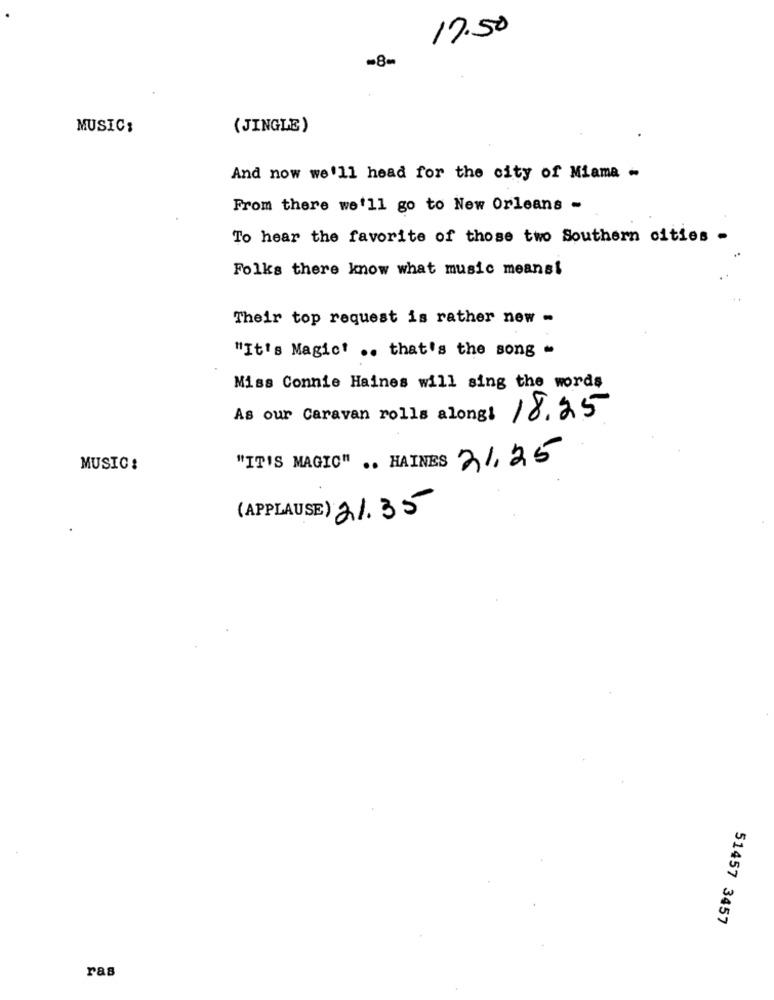
17.50
=8-
MUSIC:
(JINGLE)
And now we'll head for the city of Miama -
From there we'll go to New Orleans -
To hear the favorite of those two Southern cities -
Folks there know what music means!
Their top request is rather new -
"It's Magict .. that's the song -
Miss Connie Haines will sing the words
As our Caravan rolls along: 18.25
"IT'S MAGIC" .. HAINES 31,25
MUSIC:
(APPLAUSE) 21.35
51457 3457
ras